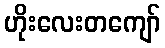
ဟိုးလေးတကျော်